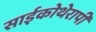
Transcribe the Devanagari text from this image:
साईकोथेरापी